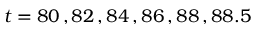
t = 8 0 \, , 8 2 \, , 8 4 \, , 8 6 \, , 8 8 \, , 8 8 . 5